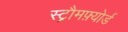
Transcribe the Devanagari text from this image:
स्ट्रौमफ़्योर्ड